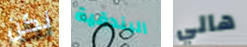
لكن البندقية هالي